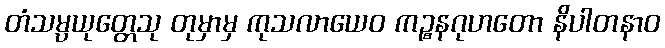
တံသမ္ပယုတ္တေသု တုမှာမှ ကုသလာယေဝ ကဉ္စနဂုဟတော နိပါတနာဝ